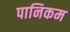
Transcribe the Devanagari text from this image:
पानिकम